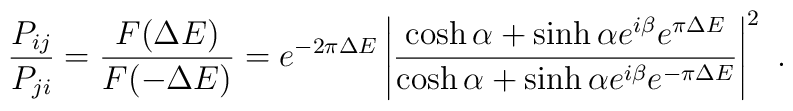
{P_{ij}\over P_{ji}} = {F(\Delta E)\over F(-\Delta E)}  = e^{-2\pi\Delta E}\left| {\cosh\alpha + \sinh\alpha e^{i\beta} e^{\pi \Delta E}\over\cosh\alpha+ \sinh\alpha e^{i\beta} e^{-\pi \Delta E}}\right|^{2}~.